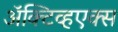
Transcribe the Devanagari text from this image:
ॲक्टिव्हएक्स